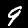
Label: 9